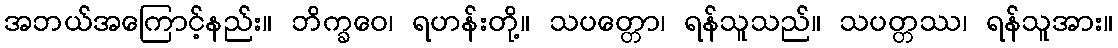
အဘယ်အကြောင့်နည်း။ ဘိက္ခဝေ၊ ရဟန်းတို့။ သပတ္တော၊ ရန်သူသည်။ သပတ္တဿ၊ ရန်သူအား။